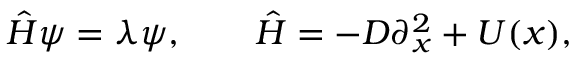
{ \hat { H } } \psi = \lambda \psi , \qquad { \hat { H } } = - D \partial _ { x } ^ { 2 } + U ( x ) ,